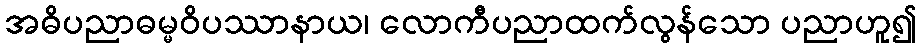
အဓိပညာဓမ္မဝိပဿာနာယ၊ လောကီပညာထက်လွန်သော ပညာဟူ၍